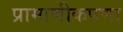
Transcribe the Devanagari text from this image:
प्रामाणीकपणा